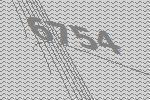
6754